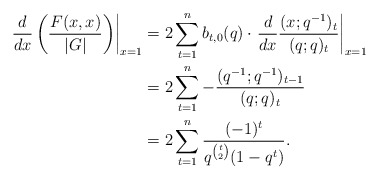
\begin{align*}\left. \frac{d}{dx}\left( \frac{F(x, x)}{|G|} \right)\right|_{x = 1} & = 2 \sum_{t = 1}^n b_{t, 0}(q) \cdot \left. \frac{d}{dx}\frac{(x; q^{-1})_t}{(q; q)_t}\right|_{x = 1} \\& = 2 \sum_{t = 1}^n - \frac{(q^{-1}; q^{-1})_{t - 1}}{(q; q)_t} \\& = 2 \sum_{t = 1}^n \frac{(-1)^t}{q^{\binom{t}{2}} (1 - q^t)}.\end{align*}